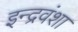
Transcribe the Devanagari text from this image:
इन्द्रवंशा